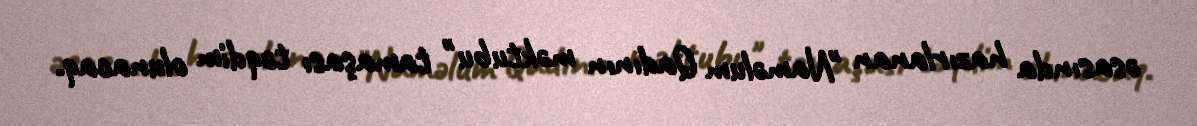
əsasında hazırlanan "Naməlum Qadının məktubu" tamaşası təqdim olunacaq.